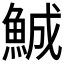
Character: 鯎